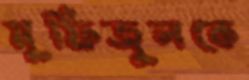
মুফিজুলকে